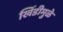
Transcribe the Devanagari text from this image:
खिंडीमुळे